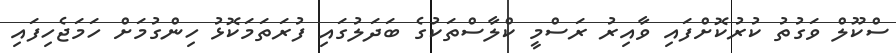
ސްކޫލް ވަގުތު ކުރުކޮށްފައި ވާއިރު ރަސްމީ ކްލާސްތަކުގެ ބަދަލުގައި ފުރަތަމަކޮޅު ހިންގުމަށް ހަމަޖެހިފައި